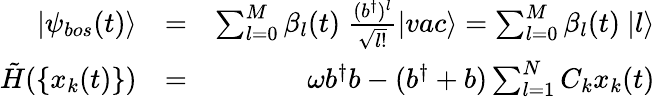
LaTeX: \begin{array}{rlr}{|\psi_{bos}(t)\rangle}&{=}&{\sum_{l=0}^{M}\beta_{l}(t)~\frac{(b^{\dagger})^{l}}{\sqrt{l!}}|vac\rangle=\sum_{l=0}^{M}\beta_{l}(t)~|l\rangle}\\ {\tilde{H}(\{ x_{k}(t)\} )}&{=}&{\omega b^{\dagger}b-(b^{\dagger}+b)\sum_{l=1}^{N}C_{k}x_{k}(t)}\end{array}